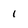
Character: 1